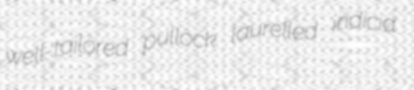
well-tailored pullock laurelled indicia